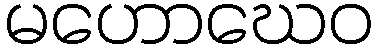
မဟောဃေဝ